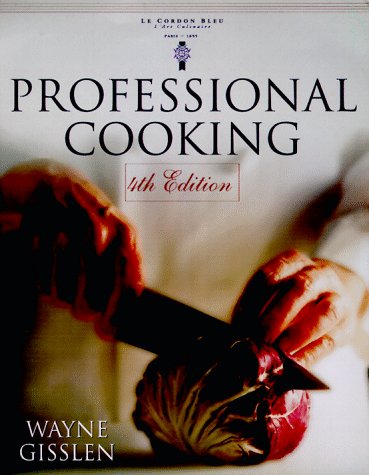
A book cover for Professional Cooking, 4th Edition; Wayne Gisslen; Cookbooks, Food & Wine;